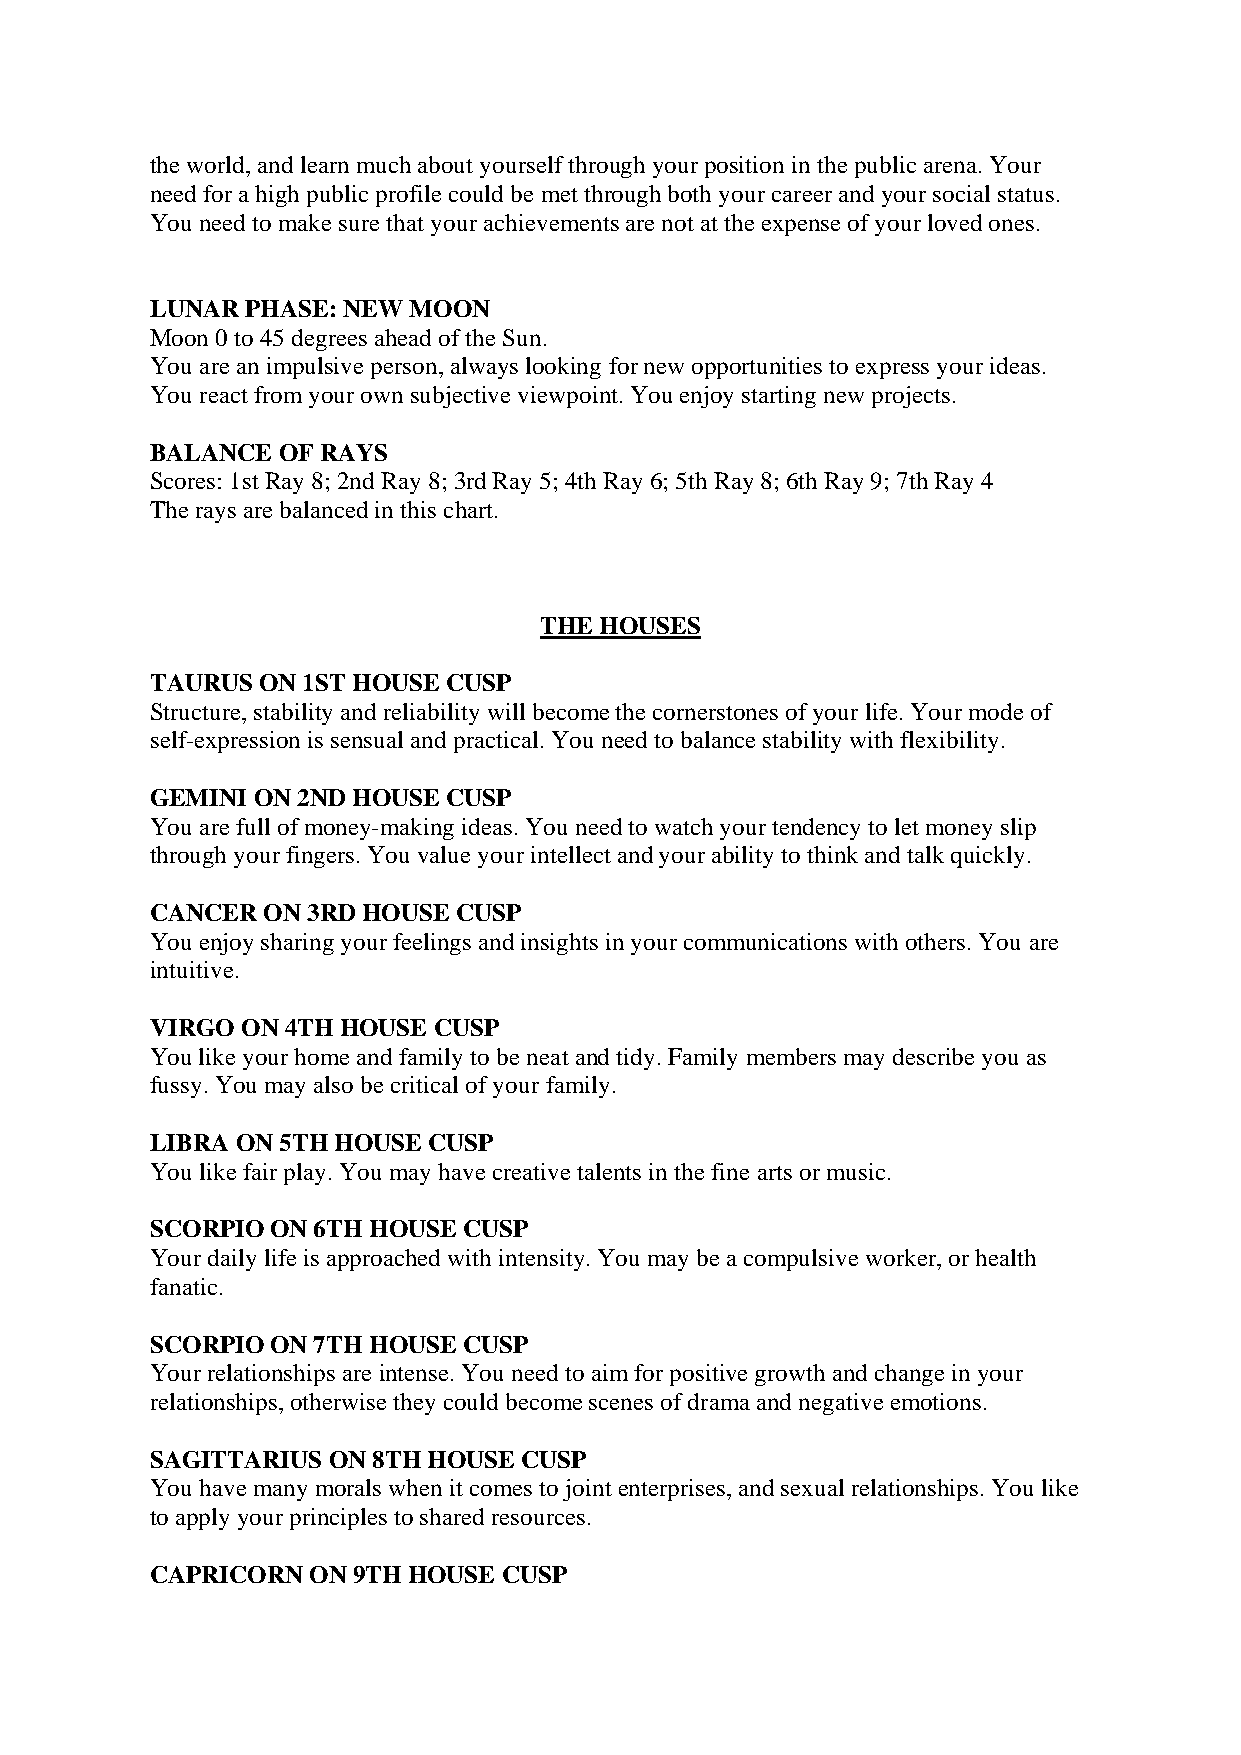
the world, and learn much about yourself through your position in the public arena. Your
 need for a high public profile could be met through both your career and your social status.
 You need to make sure that your achievements are not at the expense of your loved ones.
 LUNAR PHASE: NEW MOON
 Moon 0 to 45 degrees ahead of the Sun.
 You are an impulsive person, always looking for new opportunities to express your ideas.
 You react from your own subjective viewpoint. You enjoy starting new projects.
 BALANCE OF RAYS
 Scores: 1st Ray 8; 2nd Ray 8; 3rd Ray 5; 4th Ray 6; 5th Ray 8; 6th Ray 9; 7th Ray 4
 The rays are balanced in this chart.
 THE HOUSES
 TAURUS ON 1ST HOUSE CUSP
 Structure, stability and reliability will become the cornerstones of your life. Your mode of
 self-expression is sensual and practical. You need to balance stability with flexibility.
 GEMINI ON 2ND HOUSE CUSP
 You are full of money-making ideas. You need to watch your tendency to let money slip
 through your fingers. You value your intellect and your ability to think and talk quickly.
 CANCER ON 3RD HOUSE CUSP
 You enjoy sharing your feelings and insights in your communications with others. You are
 intuitive.
 VIRGO ON 4TH HOUSE CUSP
 You like your home and family to be neat and tidy. Family members may describe you as
 fussy. You may also be critical of your family.
 LIBRA ON 5TH HOUSE CUSP
 You like fair play. You may have creative talents in the fine arts or music.
 SCORPIO ON 6TH HOUSE CUSP
 Your daily life is approached with intensity. You may be a compulsive worker, or health
 fanatic.
 SCORPIO ON 7TH HOUSE CUSP
 Your relationships are intense. You need to aim for positive growth and change in your
 relationships, otherwise they could become scenes of drama and negative emotions.
 SAGITTARIUS ON 8TH HOUSE CUSP
 You have many morals when it comes to joint enterprises, and sexual relationships. You like
 to apply your principles to shared resources.
 CAPRICORN ON 9TH HOUSE CUSP